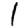
Digit: 1